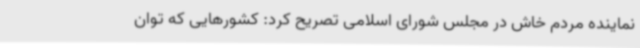
نماینده مردم خاش در مجلس شورای اسلامی تصریح کرد: کشورهایی که توان